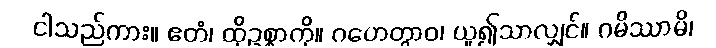
ငါသည်ကား။ ဧတံ၊ ထိုဥစ္စာကို။ ဂဟေတွာဝ၊ ယူ၍သာလျှင်။ ဂမိဿာမိ၊